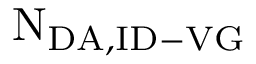
\mathrm { N _ { D A , I D - V G } }